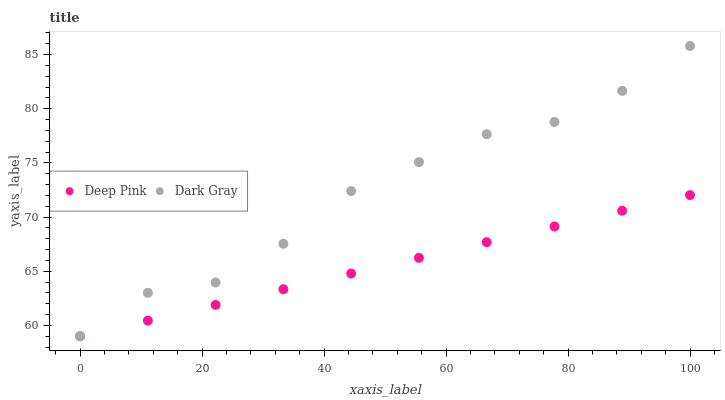
| xaxis_label | Deep Pink | Dark Gray |
 | --- | --- | --- |
 | 0 | 59 | 59 |
 | 11.1 | 60.4 | 63 |
 | 22.2 | 61.9 | 64 |
 | 33.3 | 63.3 | 67.5 |
 | 44.4 | 64.8 | 72.4 |
 | 55.6 | 66.2 | 75.1 |
 | 66.7 | 67.7 | 77.7 |
 | 77.8 | 69.1 | 78.8 |
 | 88.9 | 70.6 | 81.6 |
 | 100 | 72 | 85.8 |